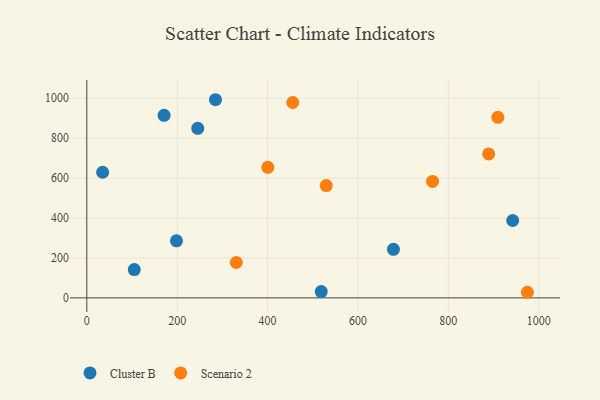
{"axis": {"x": "Ad Spend", "y": "Sales"}, "legend": ["Cluster B", "Scenario 2"], "data": [{"x": "678.5", "y": 243.3, "type": "Cluster B"}, {"x": "35.0", "y": 629.0, "type": "Cluster B"}, {"x": "171.0", "y": 914.0, "type": "Cluster B"}, {"x": "245.5", "y": 848.9, "type": "Cluster B"}, {"x": "284.7", "y": 992.1, "type": "Cluster B"}, {"x": "518.7", "y": 31.3, "type": "Cluster B"}, {"x": "198.4", "y": 285.5, "type": "Cluster B"}, {"x": "105.0", "y": 141.7, "type": "Cluster B"}, {"x": "942.3", "y": 387.5, "type": "Cluster B"}, {"x": "889.2", "y": 720.9, "type": "Scenario 2"}, {"x": "455.6", "y": 978.2, "type": "Scenario 2"}, {"x": "400.5", "y": 653.8, "type": "Scenario 2"}, {"x": "529.8", "y": 562.2, "type": "Scenario 2"}, {"x": "765.0", "y": 583.2, "type": "Scenario 2"}, {"x": "974.8", "y": 28.0, "type": "Scenario 2"}, {"x": "330.7", "y": 177.2, "type": "Scenario 2"}, {"x": "909.5", "y": 903.8, "type": "Scenario 2"}]}